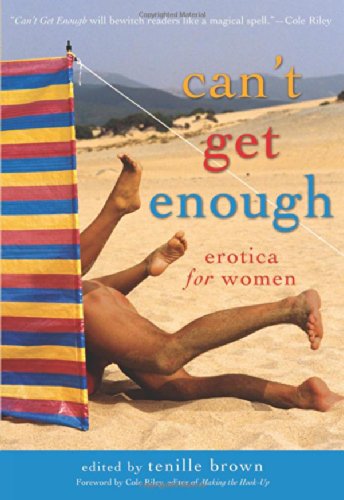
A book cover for Can't Get Enough: Erotica for Women; Romance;